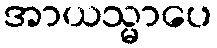
အာယသ္မာပေ